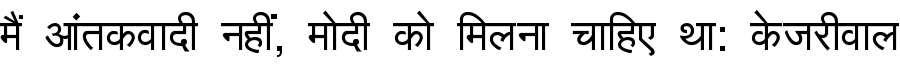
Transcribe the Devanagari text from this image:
मैं आंतकवादी नहीं, मोदी को मिलना चाहिए था: केजरीवाल